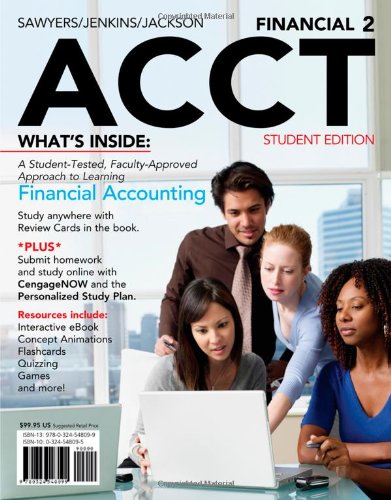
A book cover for Financial ACCT2 (with CengageNOW, 1 term Printed Access Card); Norman H. Godwin; Business & Money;